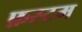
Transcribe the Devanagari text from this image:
फ़स्टम